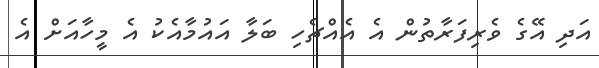
އަދި އޭގެ ވެރިފަރާތުން އެ އެއްޗެހި ބަލާ އައުމާއެކު އެ މީހާއަށް އެ